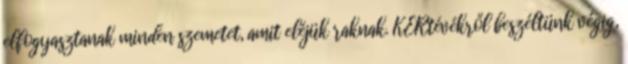
elfogyasztanak minden szemetet, amit eléjük raknak. KERtévékről beszéltünk végig,